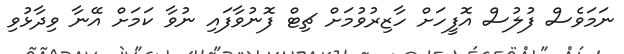
ނަމަވެސް ފުލުސް އޮފީހަށް ހާޒިރުވުމަށް ޗިޓް ފޮނުވާފައި ނުވާ ކަމަށް އޭނާ ވިދާޅުވި